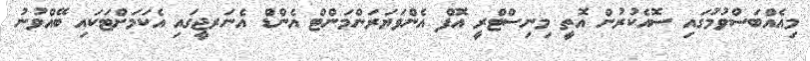
މިއެއްބަސްވުމުގައި ސޮއެކުރުން އޮތީ މިނިސްޓްރީ އޮފް އެންވަޔަރަންމަންޓް އެންޑް އެނަރޖީގައި އެކަމަށްޓަކައި ބޭއްވުނު